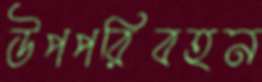
উপপরিবহন